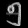
Digit: ၅